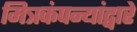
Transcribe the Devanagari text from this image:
मित्रकंपन्यांद्वारे